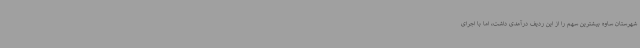
شهرستان ساوه بیشترین سهم را از این ردیف درآمدی داشت، اما با اجرای